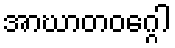
အာဃာတဝဂ္ဂေါ